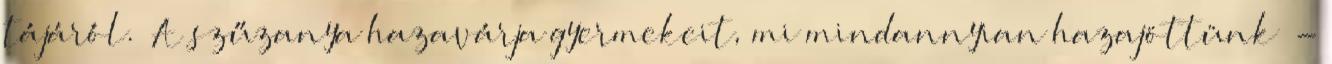
tájáról. „A szűzanya hazavárja gyermekeit, mi mindannyian hazajöttünk” -